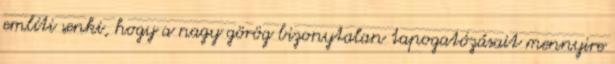
említi senki, hogy a nagy görög bizonytalan tapogatózásait mennyire